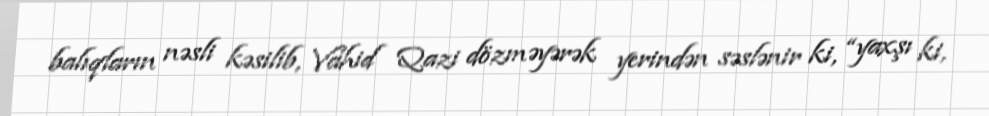
balıqların nəsli kəsilib, Vahid Qazi dözməyərək yerindən səslənir ki, “yaxşı ki,